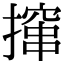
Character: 撺